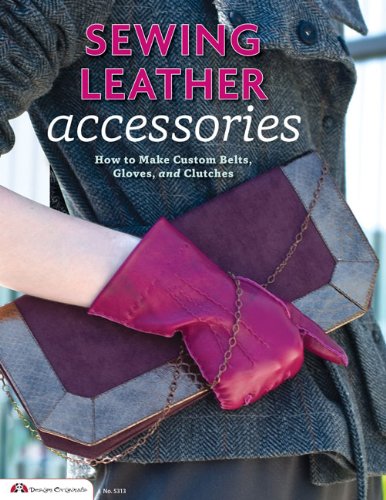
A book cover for Sewing Leather Accessories: How to Make Custom Belts, Gloves, and Clutches; Crafts, Hobbies & Home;